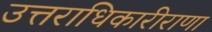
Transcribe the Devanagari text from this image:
उत्तराधिकारीराणा